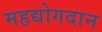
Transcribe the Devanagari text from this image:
महद्योगदान